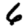
Digit: 6